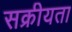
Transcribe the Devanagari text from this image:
सक्रीयता